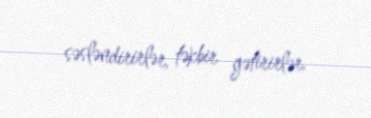
səsləndirirlər, təkbir gətirirlər.